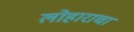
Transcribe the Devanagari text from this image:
लोहाराचा